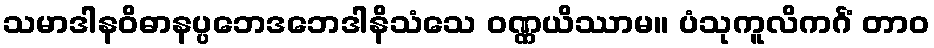
သမာဒါနဝိဓာနပ္ပဘေဒဘေဒါနိသံသေ ဝဏ္ဏယိဿာမ။ ပံသုကူလိကင်္ဂံ တာဝ